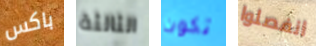
باكس الثالثة تكون انفصلوا